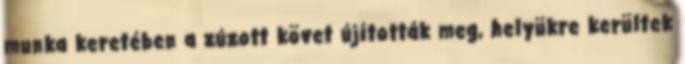
munka keretében a zúzott követ újították meg, helyükre kerültek